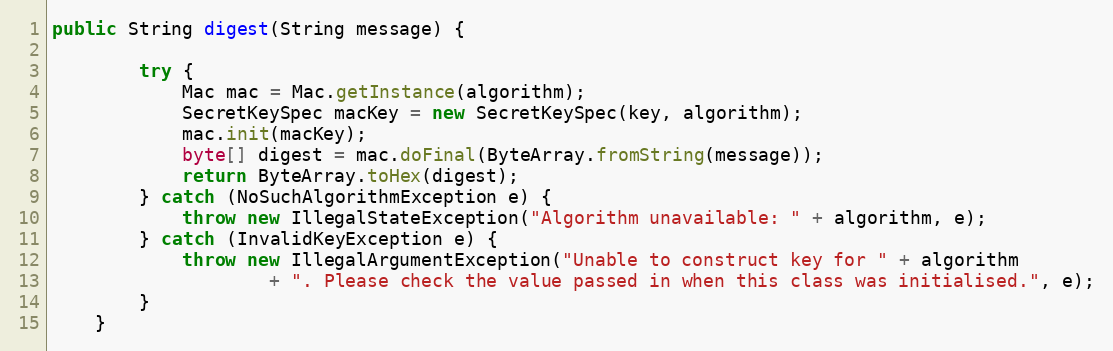
Language: Java
public String digest(String message) {

        try {
            Mac mac = Mac.getInstance(algorithm);
            SecretKeySpec macKey = new SecretKeySpec(key, algorithm);
            mac.init(macKey);
            byte[] digest = mac.doFinal(ByteArray.fromString(message));
            return ByteArray.toHex(digest);
        } catch (NoSuchAlgorithmException e) {
            throw new IllegalStateException("Algorithm unavailable: " + algorithm, e);
        } catch (InvalidKeyException e) {
            throw new IllegalArgumentException("Unable to construct key for " + algorithm
                    + ". Please check the value passed in when this class was initialised.", e);
        }
    }